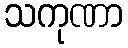
သကုဏာ